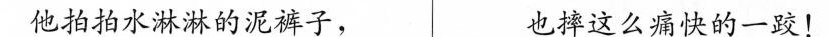
他拍拍水淋淋的泥裤子， 也摔这么痛快的一跤！